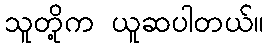
သူတို့က ယူဆပါတယ်။